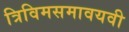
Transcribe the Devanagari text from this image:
त्रिविमसमावयवी